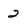
Character: 2